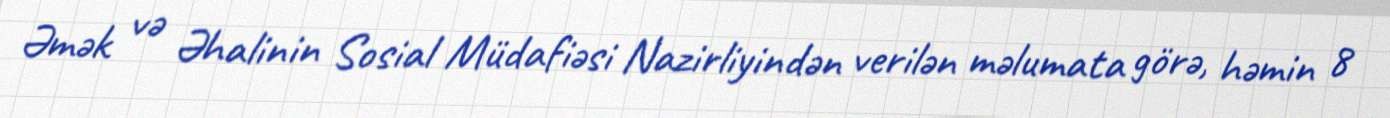
Əmək və Əhalinin Sosial Müdafiəsi Nazirliyindən verilən məlumata görə, həmin 8